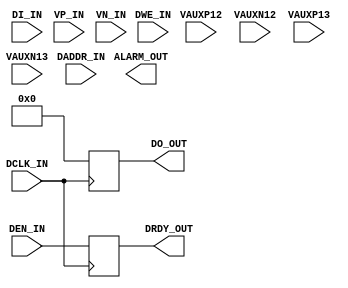
module sys_mon
          (
          DADDR_IN,            
          DCLK_IN,             
          DEN_IN,              
          DI_IN,               
          DWE_IN,              
          VAUXP12,             
          VAUXN12,
          VAUXP13,             
          VAUXN13,
          DO_OUT,              
          DRDY_OUT,            
          ALARM_OUT,           
          VP_IN,               
          VN_IN);
          input [6:0] DADDR_IN;
          input DCLK_IN;
          input DEN_IN;
          input [15:0] DI_IN;
          input DWE_IN;
          input VAUXP12;
          input VAUXN12;
          input VAUXP13;
          input VAUXN13;
          input VP_IN;
          input VN_IN;
          output reg [15:0] DO_OUT;
          output reg DRDY_OUT;
          output ALARM_OUT;
			 always @(posedge DCLK_IN)
			 begin
			     DO_OUT   <=   16'h0000;
				  DRDY_OUT <=   DEN_IN;
			 end
endmodule